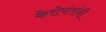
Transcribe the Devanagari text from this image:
केरोपंतांनी